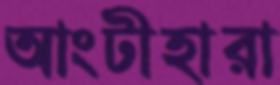
আংটীহারা